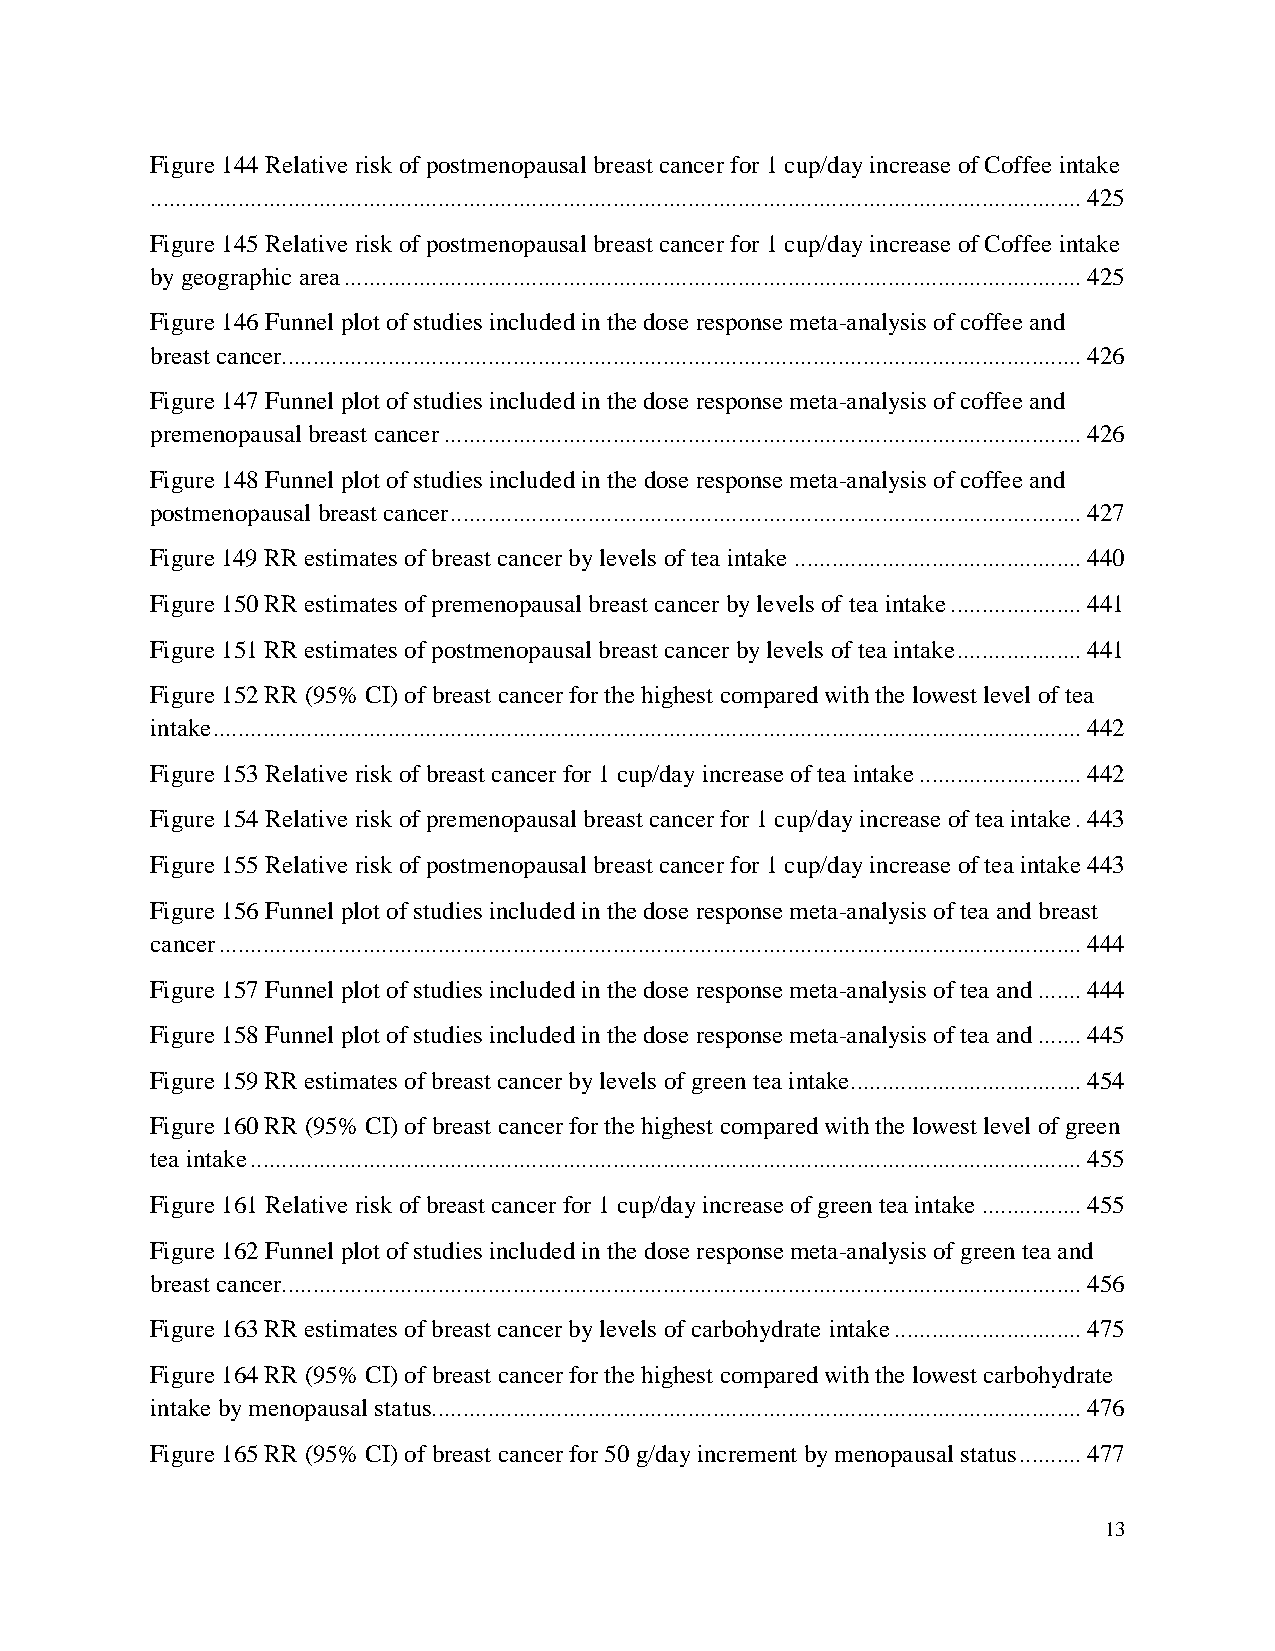
Figure 144 Relative risk of postmenopausal breast cancer for 1 cup/day increase of Coffee intake
 ..................................................................................................................................................... 425
 Figure 145 Relative risk of postmenopausal breast cancer for 1 cup/day increase of Coffee intake
 by geographic area ...................................................................................................................... 425
 Figure 146 Funnel plot of studies included in the dose response meta-analysis of coffee and
 breast cancer................................................................................................................................ 426
 Figure 147 Funnel plot of studies included in the dose response meta-analysis of coffee and
 premenopausal breast cancer ...................................................................................................... 426
 Figure 148 Funnel plot of studies included in the dose response meta-analysis of coffee and
 postmenopausal breast cancer ..................................................................................................... 427
 Figure 149 RR estimates of breast cancer by levels of tea intake .............................................. 440
 Figure 150 RR estimates of premenopausal breast cancer by levels of tea intake ..................... 441
 Figure 151 RR estimates of postmenopausal breast cancer by levels of tea intake .................... 441
 Figure 152 RR (95% CI) of breast cancer for the highest compared with the lowest level of tea
 intake ........................................................................................................................................... 442
 Figure 153 Relative risk of breast cancer for 1 cup/day increase of tea intake .......................... 442
 Figure 154 Relative risk of premenopausal breast cancer for 1 cup/day increase of tea intake . 443
 Figure 155 Relative risk of postmenopausal breast cancer for 1 cup/day increase of tea intake 443
 Figure 156 Funnel plot of studies included in the dose response meta-analysis of tea and breast
 cancer .......................................................................................................................................... 444
 Figure 157 Funnel plot of studies included in the dose response meta-analysis of tea and ....... 444
 Figure 158 Funnel plot of studies included in the dose response meta-analysis of tea and ....... 445
 Figure 159 RR estimates of breast cancer by levels of green tea intake..................................... 454
 Figure 160 RR (95% CI) of breast cancer for the highest compared with the lowest level of green
 tea intake ..................................................................................................................................... 455
 Figure 161 Relative risk of breast cancer for 1 cup/day increase of green tea intake ................ 455
 Figure 162 Funnel plot of studies included in the dose response meta-analysis of green tea and
 breast cancer................................................................................................................................ 456
 Figure 163 RR estimates of breast cancer by levels of carbohydrate intake .............................. 475
 Figure 164 RR (95% CI) of breast cancer for the highest compared with the lowest carbohydrate
 intake by menopausal status........................................................................................................ 476
 Figure 165 RR (95% CI) of breast cancer for 50 g/day increment by menopausal status .......... 477
 13